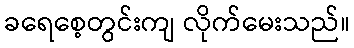
ခရေစေ့တွင်းကျ လိုက်မေးသည်။